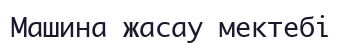
Машина жасау мектебі